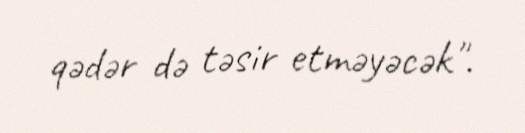
qədər də təsir etməyəcək".